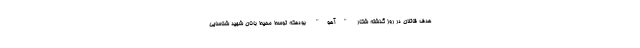
هدف قاتلان در روز گذشته شکار "آهو" بودهکه توسط محیط بانان شهید شناسایی